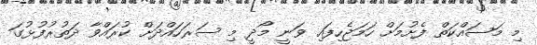
މި މަސައްކަތް ފެށުމަށް ހަމަޖެހިފައި ވަނީ މޯދީ މި ސަރަހައްދަށް ކުރައްވާ ދަތުރުފުޅުގަ